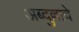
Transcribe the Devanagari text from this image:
अब्दुल्लाचे